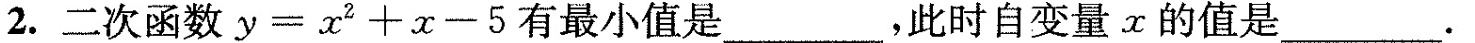
2.二次函数$$y = x ^ { 2 } + x - 5$$有最小值是___，此时自变量x的值是___.